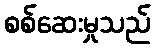
စစ်ဆေးမှုသည်